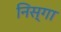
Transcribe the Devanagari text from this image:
निस्गा